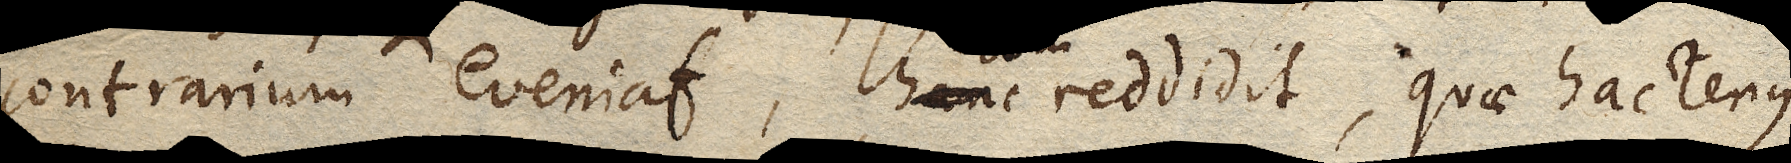
contrarium eveniat, hanc reddidit, quae hactenus